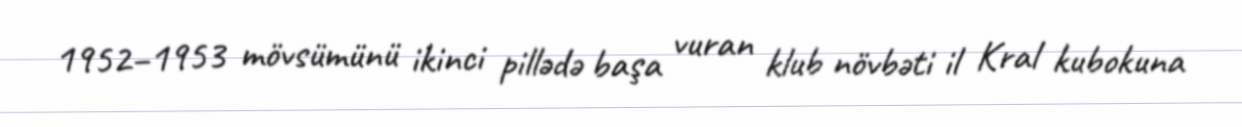
1952–1953 mövsümünü ikinci pillədə başa vuran klub növbəti il Kral kubokuna